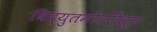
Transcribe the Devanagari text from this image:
विद्युतमोटरींतून